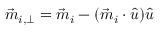
\vec { m } _ { i , \perp } = \vec { m } _ { i } - ( \vec { m } _ { i } \cdot \hat { u } ) \hat { u }